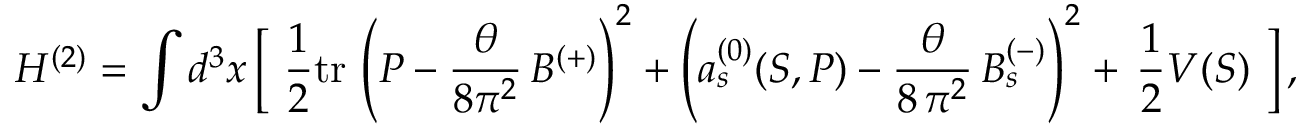
H ^ { ( 2 ) } = \int d ^ { 3 } { x } \, \biggl [ \, \, \frac { 1 } { 2 } \mathrm { t r } \, \left( P - \frac { \theta } { 8 \pi ^ { 2 } } \, B ^ { ( + ) } \right) ^ { 2 } + \left( a _ { s } ^ { ( 0 ) } ( S , P ) - \frac { \theta } { 8 \, \pi ^ { 2 } } \, B _ { s } ^ { ( - ) } \right) ^ { 2 } + \, \frac { 1 } { 2 } V ( S ) \ \biggr ] \, ,